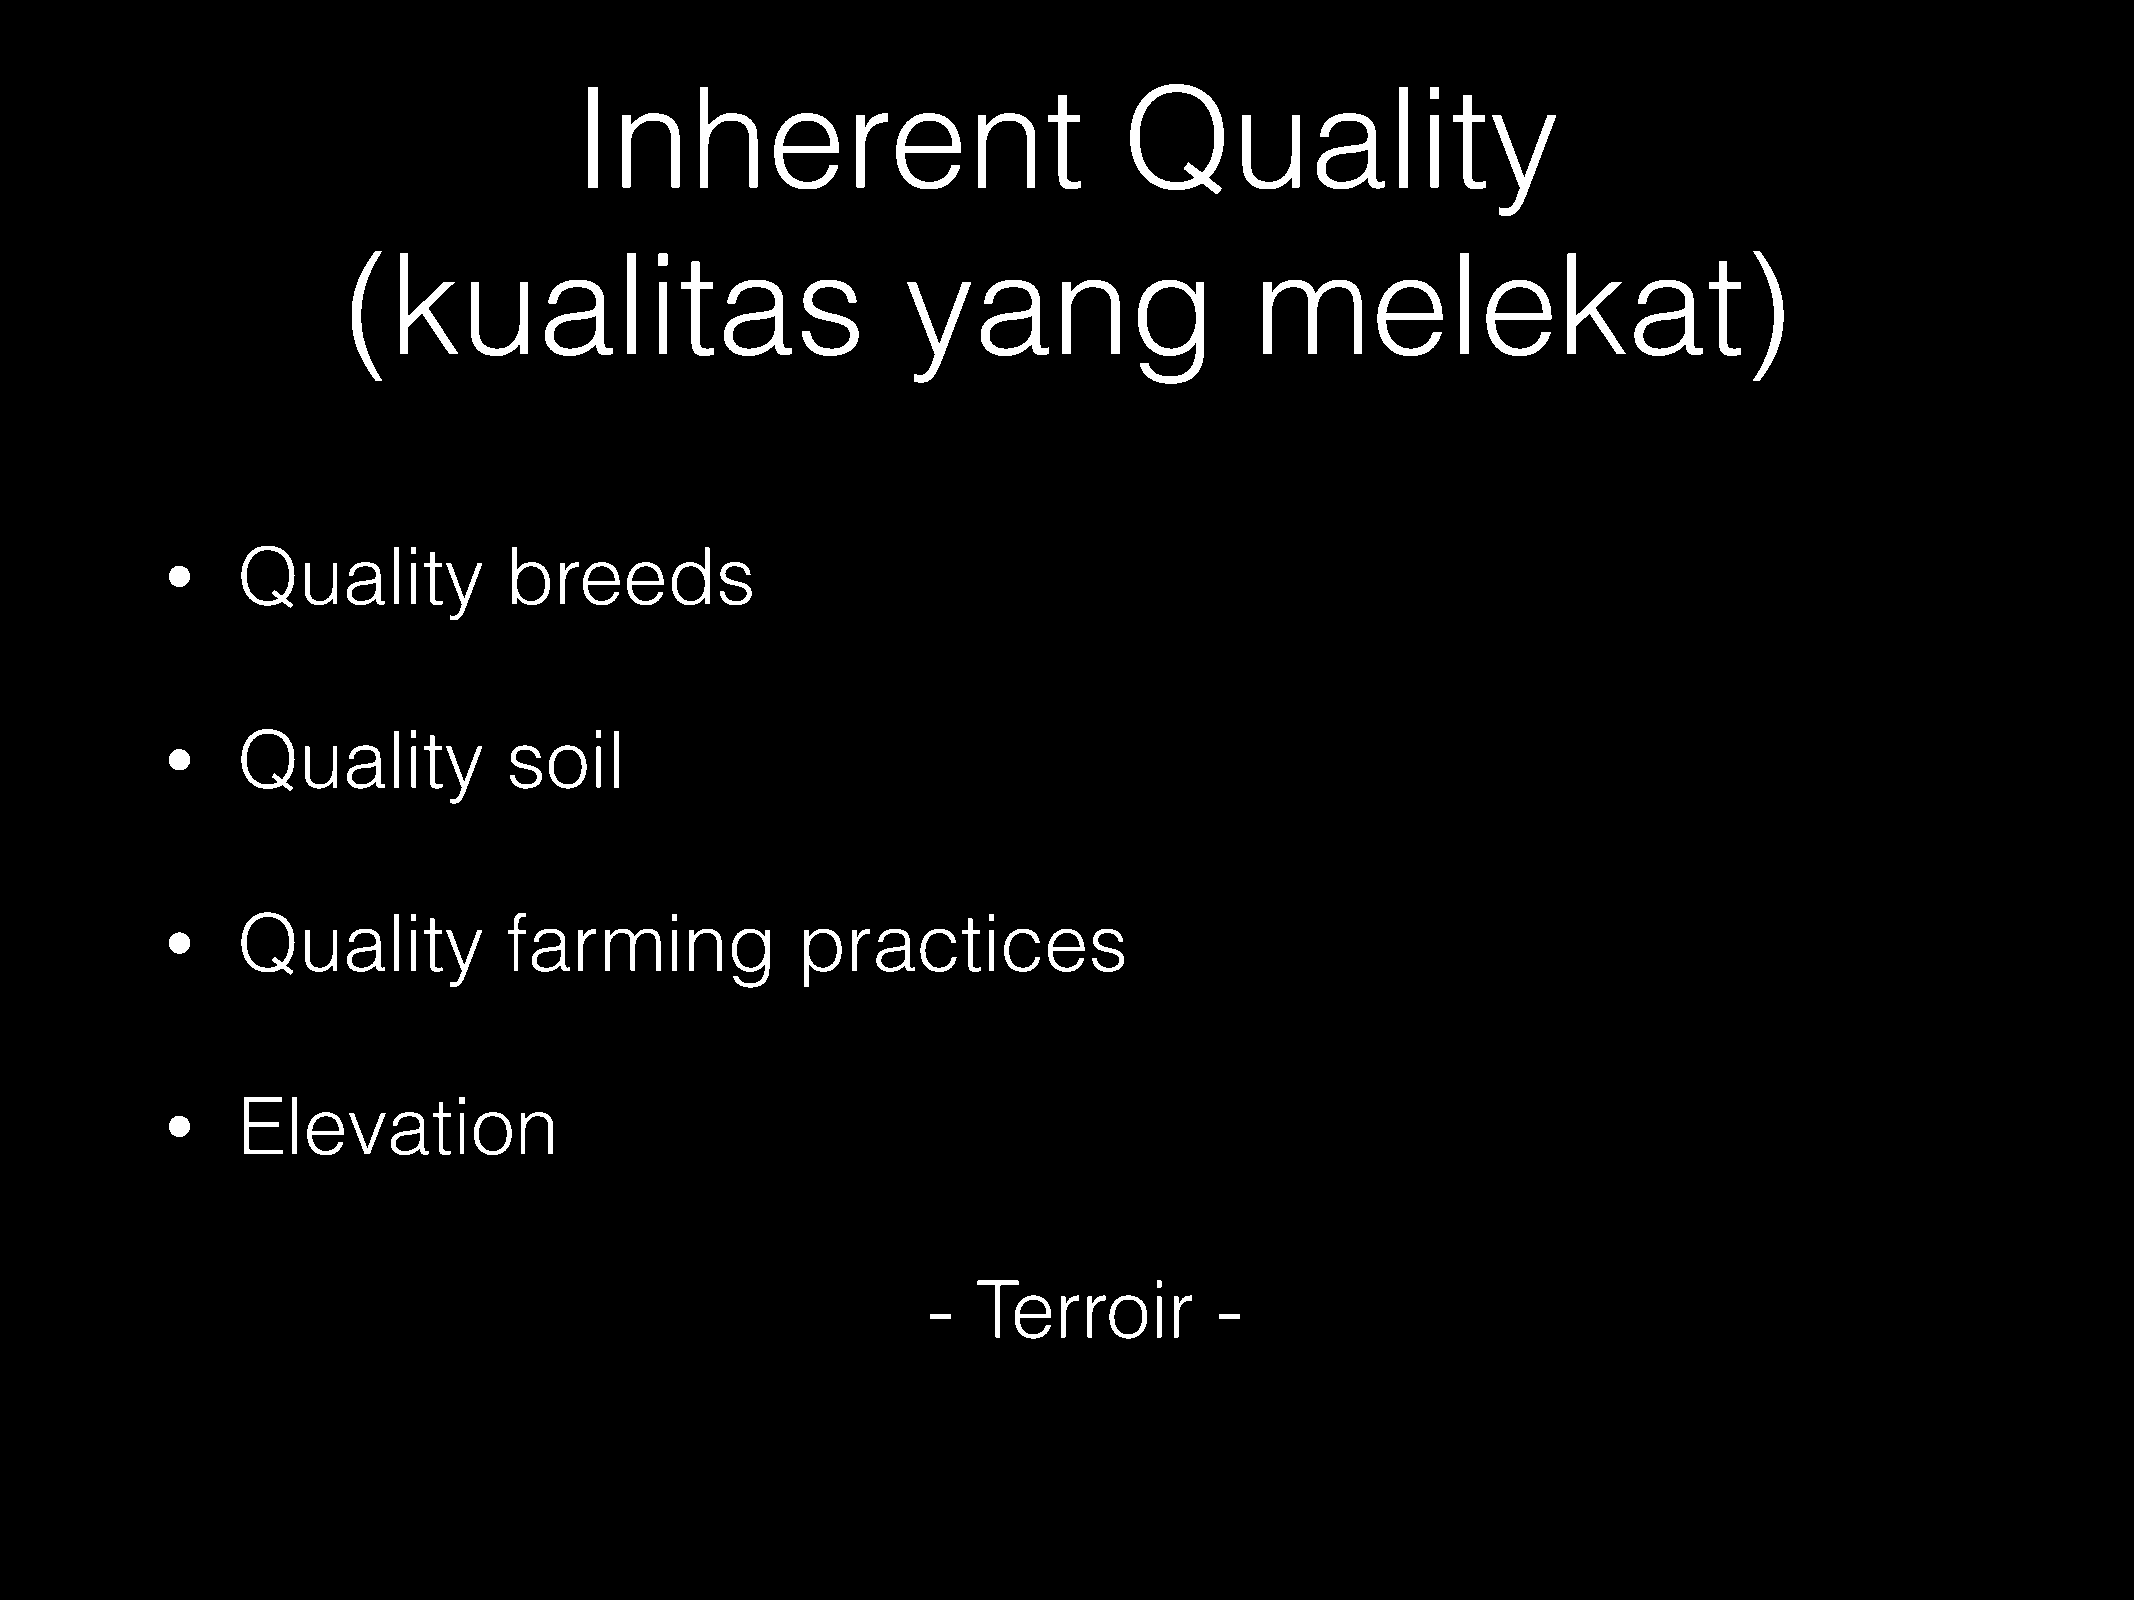
Inherent                            Quality
 (kualitas                            yang                   melekat)
 Quality          breeds
 •
 Quality          soil
 •
 Quality          farming             practices
 •
 Elevation
 •
 -   Terroir         -